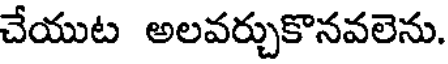
చేయుట అలవర్చుకొనవలెను.